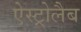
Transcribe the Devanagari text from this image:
ऐस्ट्रोलैब